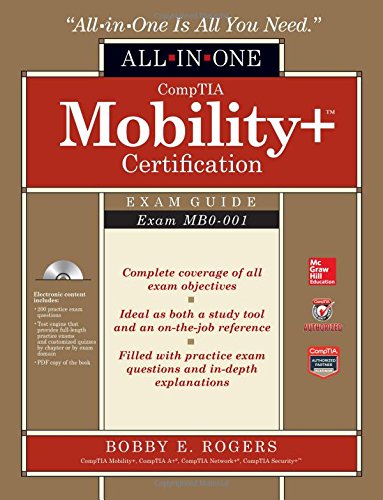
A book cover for CompTIA Mobility+ Certification All-in-One Exam Guide (Exam MB0-001); Bobby E. Rogers; Computers & Technology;